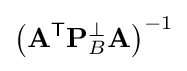
\left(\mathbf {A} ^{\textsf {T}}\mathbf {P} _{B}^{\perp }\mathbf {A} \right)^{-1}